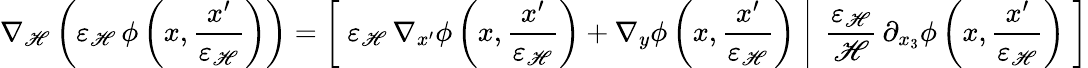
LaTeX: \nabla_{\mathscr{H}}\left({\varepsilon_{\mathscr{H}}}\, \phi\left(x,\frac{{x^{\prime}}}{{{\varepsilon_{\mathscr{H}}}}}\right)\right)=\left[\; {\varepsilon_{\mathscr{H}}}\, \nabla_{x^{\prime}}\phi\left(x,\frac{{x^{\prime}}}{{{\varepsilon_{\mathscr{H}}}}}\right)+\nabla_{y}\phi\left(x,\frac{{x^{\prime}}}{{{\varepsilon_{\mathscr{H}}}}}\right)\; \right|\left.\; \frac{{{\varepsilon_{\mathscr{H}}}}}{{\mathscr{H}}}\, \partial_{x_{3}}\phi\left(x,\frac{{x^{\prime}}}{{{\varepsilon_{\mathscr{H}}}}}\right)\; \right]